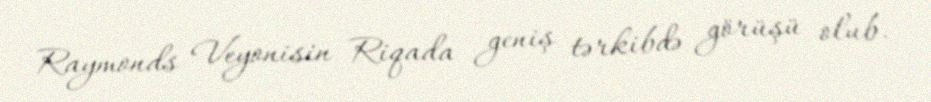
Raymonds Veyonisin Riqada geniş tərkibdə görüşü olub.